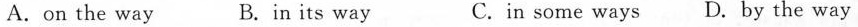
A.on the way B.in its way C.in some ways D. By the way